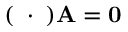
( \mathbf { \partial } \cdot \mathbf { \partial } ) \mathbf { A } = \mathbf { 0 }